Civil Veterinary Dept. Assam report 1927-50 - 1927-1950
Year: 1927
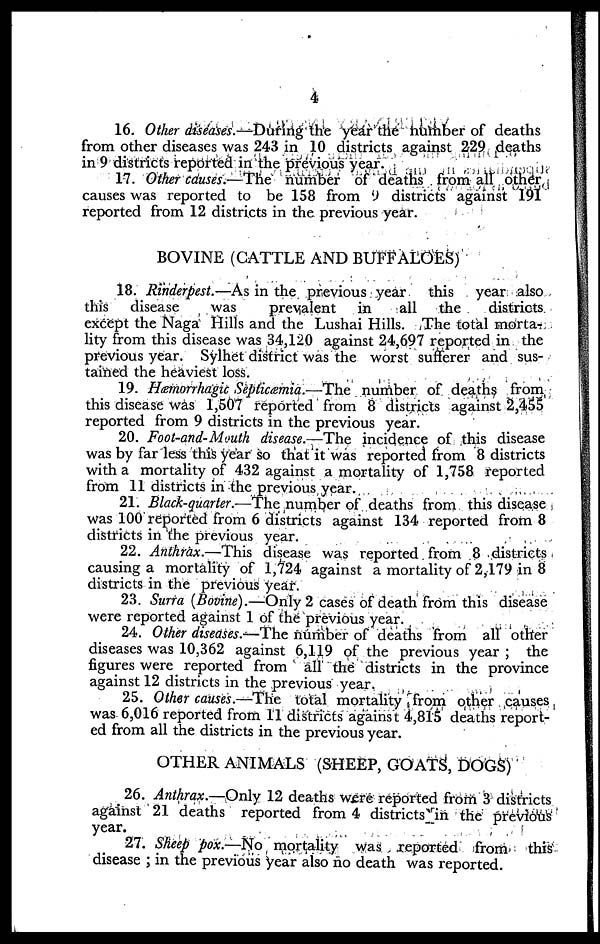
4
16. Other diseases.—During the year the number of deaths
from other diseases was 243 in 10 districts against 229 deaths
in 9 districts reported in the previous year.
17. Other causes.—The number of deaths from all other
causes was reported to be 158 from 9 districts against 191
reported from 12 districts in the previous year.
BOVINE (CATTLE AND BUFFALOES)
18. Rinderpest.—As in the previous year this year also
this disease
was
prevalent
in
all the
districts
except the Naga Hills and the Lushai Hills. The total morta-
lity from this disease was 34,120 against 24,697 reported in the
previous year. Sylhet district was the worst sufferer and sus-
tained the heaviest loss.
19. Hæmorrhagic Septicæmia.—The number of deaths from
this disease was 1,507 reported from 8 districts against 2,455
reported from 9 districts in the previous year.
20. Foot-and-Mouth disease.—The incidence of this disease
was by far less this year so that it was reported from 8 districts
with a mortality of 432 against a mortality of 1,758 reported
from 11 districts in the previous year.
21. Black-quarter.—The number of deaths from this disease
was 100 reported from 6 districts against 134 reported from 8
districts in the previous year.
22. Anthrax.—This disease was reported from 8 districts
causing a mortality of 1,724 against a mortality of 2,179 in 8
districts in the previous year.
23. Surra (Bovine).—Only 2 cases of death from this disease
were reported against 1 of the previous year.
24. Other diseases.—The number of deaths from all other
diseases was 10,362 against 6,119 of the previous year ; the
figures were reported from all the districts in the province
against 12 districts in the previous year.
25. Other causes.—The total mortality from other causes
was 6,016 reported from 11 districts against 4,815 deaths report-
ed from all the districts in the previous year.
OTHER ANIMALS (SHEEP, GOATS, DOGS)
26. Anthrax.—Only 12 deaths were reported from 3 districts
against 21 deaths reported from 4 districts in the previous
year.
27. Sheep pox.—No mortality was reported from this
disease ; in the previous year also no death was reported.